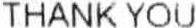
THANK YOU